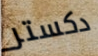
دكستر